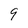
Character: 9